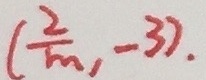
( \frac { 2 } { m } , - 3 ) .